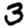
Digit: 3